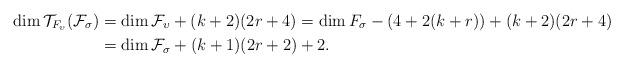
LaTeX: \begin{align*}\dim \mathcal T_{F_\upsilon}(\mathcal F_\sigma)&=\dim \mathcal F_\upsilon+(k+2)(2r+4)=\dim F_\sigma-(4+2(k+r))+(k+2)(2r+4)\\&=\dim \mathcal F_\sigma+(k+1)(2r+2)+2.\end{align*}